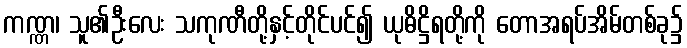
ကဏ္ဏ၊ သူ၏ဦးလေး သကုဏီတို့နှင့်တိုင်ပင်၍ ယုဓိဋ္ဌိရတို့ကို တောအရပ်အိမ်တစ်ခု၌